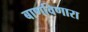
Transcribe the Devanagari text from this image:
बाणविणारा